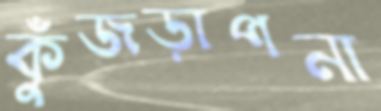
কুঁজড়াপনা